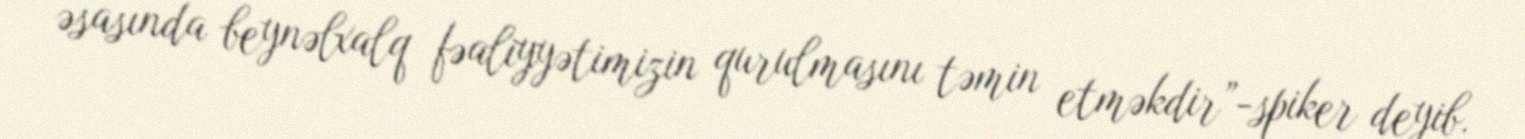
əsasında beynəlxalq fəaliyyətimizin qurulmasını təmin etməkdir”-spiker deyib.